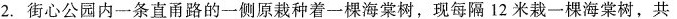
2.街心公园内一条直甬路的一侧原栽种着一棵海棠树，现每隔 12 米栽一棵海棠树，共